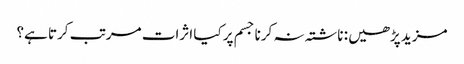
مزید پڑھیں : ناشتہ نہ کرنا جسم پر کیا اثرات مرتب کرتا ہے؟